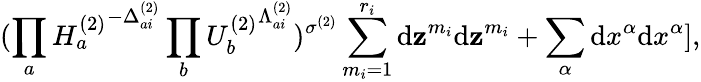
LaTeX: (\prod_{a}{H_{a}^{(2)}}^{-\Delta_{ai}^{(2)}}\prod_{b}{U_{b}^{(2)}}^{\Lambda_{ai}^{(2)}})^{\sigma^{(2)}}\sum_{m_{i}=1}^{r_{i}}\mathrm{d}\mathbf{z}^{m_{i}}\mathrm{d}\mathbf{z}^{m_{i}}+\sum_{\alpha}\mathrm{d}x^{\alpha}\mathrm{d}x^{\alpha}],